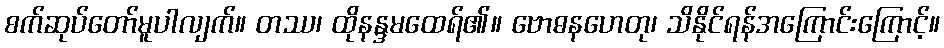
စက်ဆုပ်တော်မူပါလျက်။ တဿ၊ ထိုနန္ဒမထေရ်၏။ ဗောဓနဟေတု၊ သိနိုင်ရန်အကြောင်းကြောင့်။